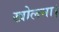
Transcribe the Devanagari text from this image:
खोलना।